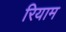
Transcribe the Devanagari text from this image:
रियाम